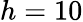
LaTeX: h=10